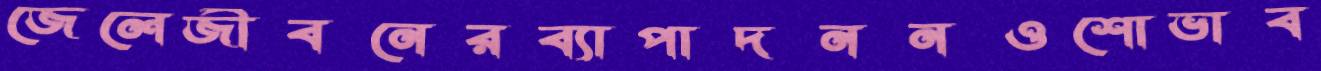
জেলেজীবনেরব্যাপাদননওশোভাব